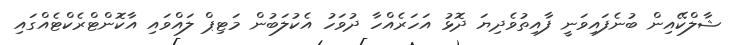
ޝާލްކޭއިން ބުނެފައިވަނީ ފާއިތުވެދިޔަ ދޮޅު އަހަރެއްހާ ދުވަހު އެކުލަބުން މަޓިޕް ލައްވައި އާކޮންޓްރެކްޓެއްގައި